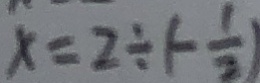
x = 2 \div ( - \frac { 1 } { 2 } )